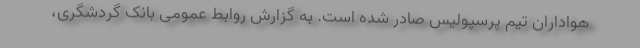
هواداران تیم پرسپولیس صادر شده است. به گزارش روابط عمومی بانک گردشگری،